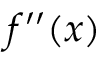
f ^ { \prime \prime } ( x )